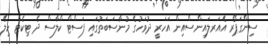
ސިންގަޕޯރ އެއަރލައިންސްއިން އަހަރީ ދުވަހުގެ މުނާސަބަތުގައި ފަސްޓް ކްލާސް ދެ ޓިކެޓް ހިލޭ